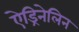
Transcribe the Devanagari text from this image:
ऐड्रिनेलिन